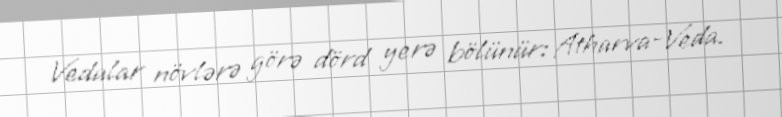
Vedalar növlərə görə dörd yerə bölünür: Atharva-Veda.